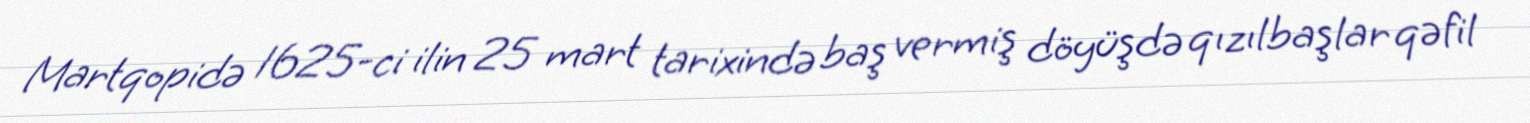
Martqopidə 1625-ci ilin 25 mart tarixində baş vermiş döyüşdə qızılbaşlar qəfil